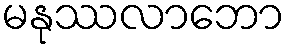
မနုဿလာဘော